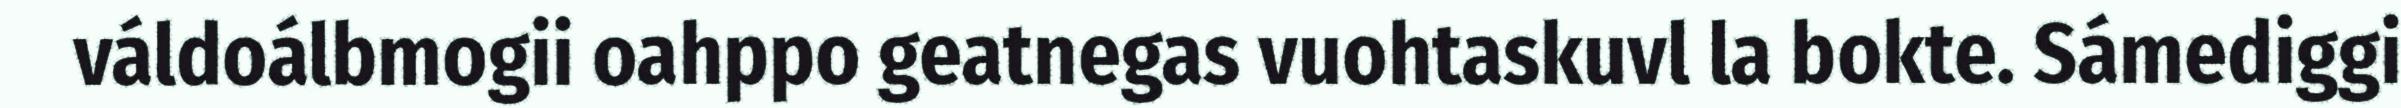
váldoálbmogii oahppo geatnegas vuohtaskuvl la bokte. Sámediggi